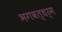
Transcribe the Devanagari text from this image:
भगवत्धर्म